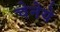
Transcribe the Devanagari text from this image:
चेनेये